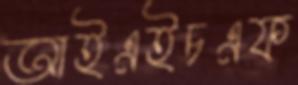
আইএইচএফ